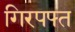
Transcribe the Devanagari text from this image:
गिरपफ्त